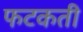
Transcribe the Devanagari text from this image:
फटकती